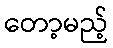
တော့မည့်